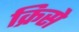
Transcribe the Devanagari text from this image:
क्रिसे